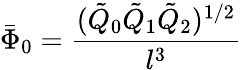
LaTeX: \bar{\Phi}_{0}=\frac{(\tilde{Q}_{0}\tilde{Q}_{1}\tilde{Q}_{2})^{1/2}}{l^{3}}